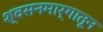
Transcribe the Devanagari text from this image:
श्वसनमार्गातून